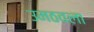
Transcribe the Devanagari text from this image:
उमठवला